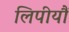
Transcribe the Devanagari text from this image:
लिपीयौं